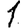
Digit: 1